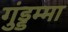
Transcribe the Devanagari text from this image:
गुंड्डम्मा